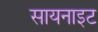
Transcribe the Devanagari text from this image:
सायनाइट